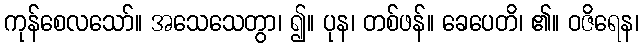
ကုန်စေလသော်။ အသေသေတွာ၊ ၍။ ပုန၊ တစ်ဖန်။ ခေပေတိ၊ ၏။ ဝဇိရေန၊